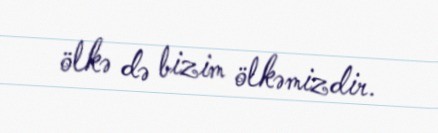
ölkə də bizim ölkəmizdir.